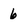
Character: 6